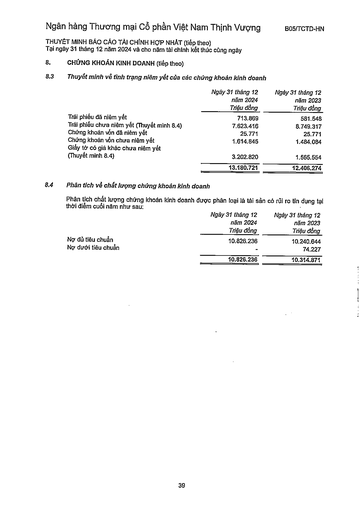
||Ngày 31 tháng 12 năm 2024 Triệu đồng|Ngày 31 tháng 12 năm 2023 Triệu đồng| |---|---|---| |Trái phiếu đã niêm yết|713.869|581.548| |Trái phiếu chưa niêm yết (Thuyết minh 8.4)|7.623.416|8.749.317| |Chứng khoán vốn đã niêm yết|25.771|25.771| |Chứng khoán vốn chưa niêm yết|1.614.845|1.484.084| |Giấy tờ có giá khác chưa niêm yết (Thuyết minh 8.4)|3.202.820|1.565.554| ||13.180.721|12.406.274|